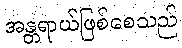
အန္တရာယ်ဖြစ်စေသည်